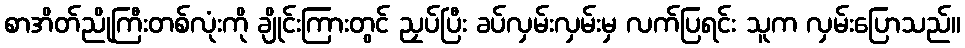
စာအိတ်ညိုကြီးတစ်လုံးကို ချိုင်းကြားတွင် ညှပ်ပြီး ခပ်လှမ်းလှမ်းမှ လက်ပြရင်း သူက လှမ်းပြောသည်။